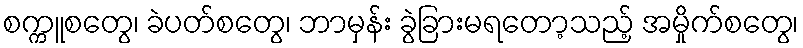
စက္ကူစတွေ၊ ခဲပတ်စတွေ၊ ဘာမှန်း ခွဲခြားမရတော့သည့် အမှိုက်စတွေ၊